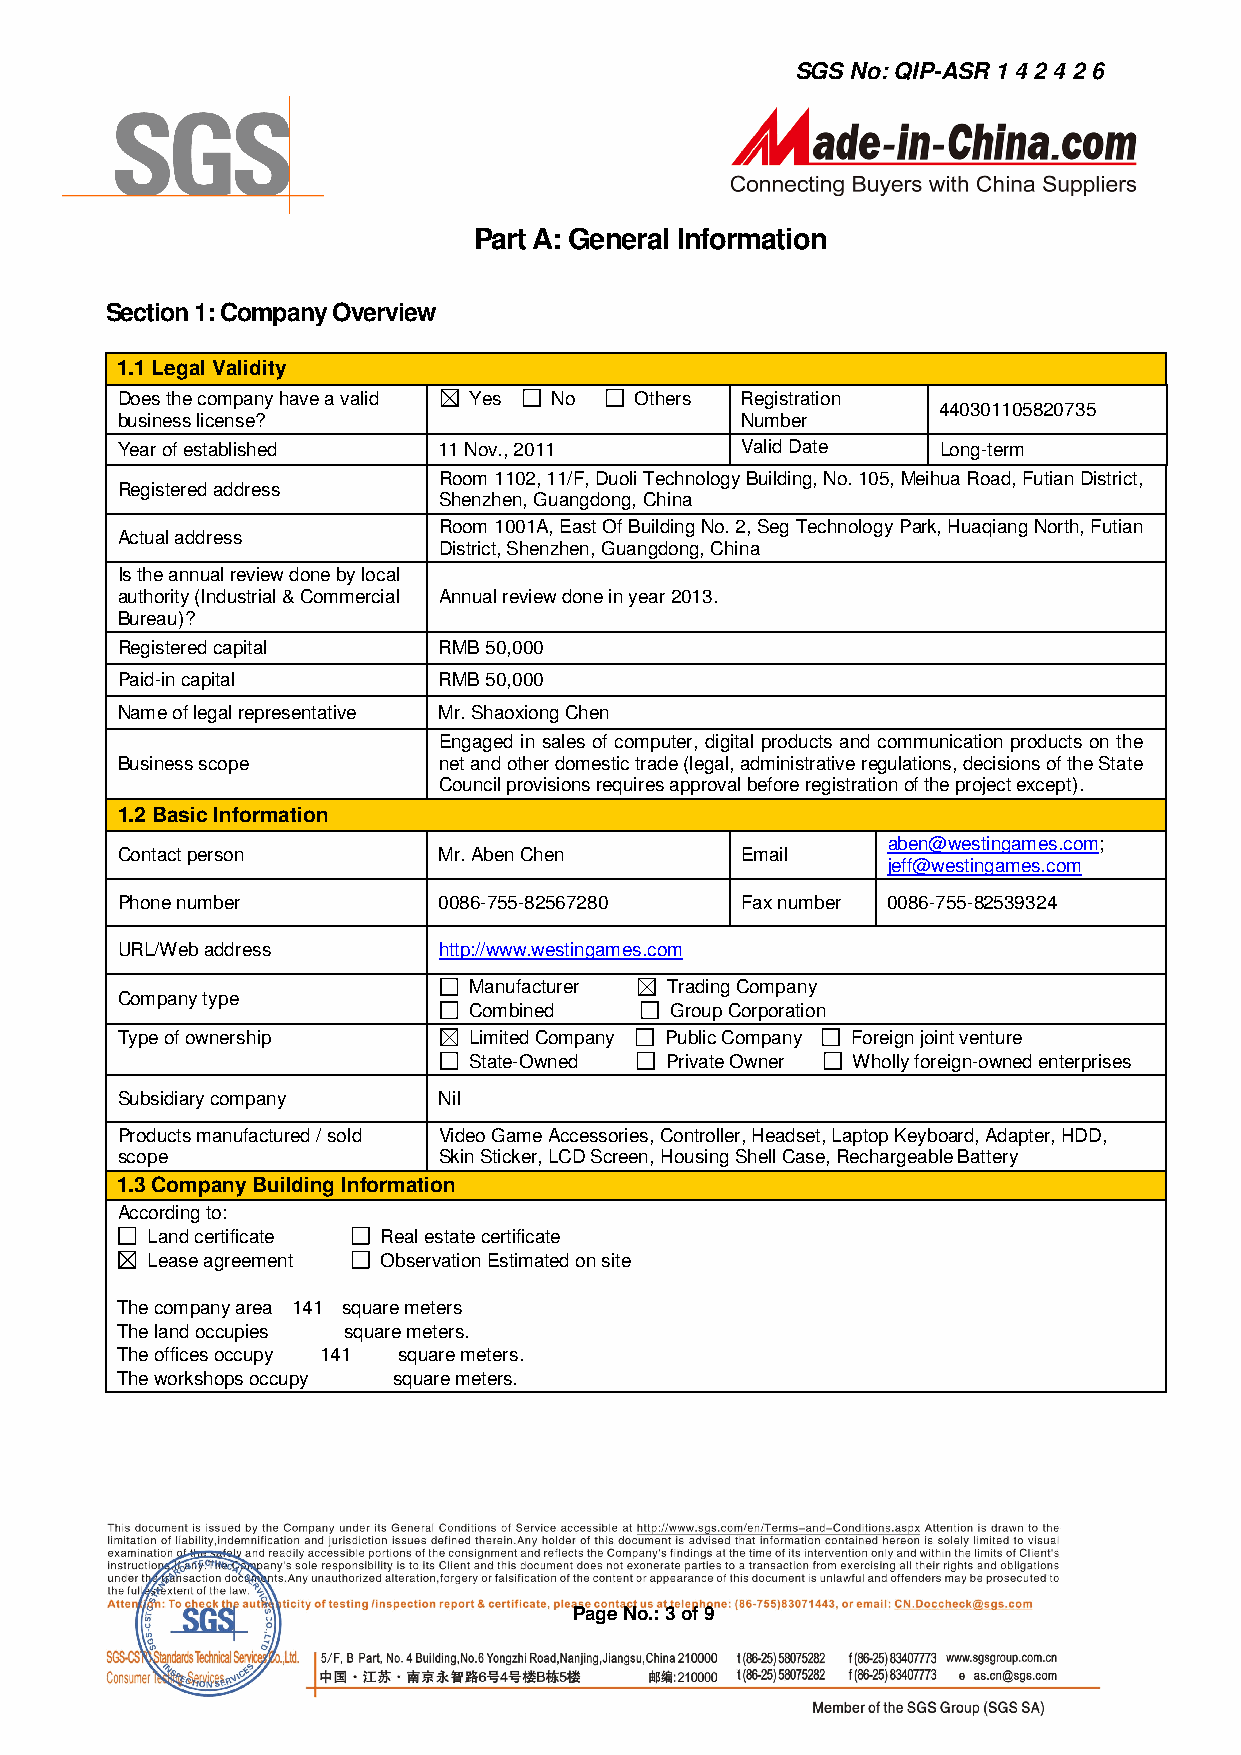
SGS No: QIP-ASR 1 4 2 4 2 6
 Part A: General Information
 Section 1: Company Overview
 1.1 Legal Validity
 Does the company have a valid Yes No Others Registration
 440301105820735
 business license?                        Number
 Year of established  11 Nov., 2011       Valid Date   Long-term
 Room 1102, 11/F, Duoli Technology Building, No. 105, Meihua Road, Futian District,
 Registered address
 Shenzhen, Guangdong, China
 Room 1001A, East Of Building No. 2, Seg Technology Park, Huaqiang North, Futian
 Actual address
 District, Shenzhen, Guangdong, China
 Is the annual review done by local
 authority (Industrial & Commercial Annual review done in year 2013.
 Bureau)?
 Registered capital   RMB 50,000
 Paid-in capital      RMB 50,000
 Name of legal representative Mr. Shaoxiong Chen
 Engaged in sales of computer, digital products and communication products on the
 Business scope       net and other domestic trade (legal, administrative regulations, decisions of the State
 Council provisions requires approval before registration of the project except).
 1.2 Basic Information
 aben@westingames.com;
 Contact person       Mr. Aben Chen       Email
 jeff@westingames.com
 Phone number         0086-755-82567280   Fax number 0086-755-82539324
 URL/Web address      http://www.westingames.com
 Manufacturer Trading Company
 Company type
 Combined     Group Corporation
 Type of ownership      Limited Company Public Company Foreign joint venture
 State-Owned  Private Owner Wholly foreign-owned enterprises
 Subsidiary company   Nil
 Products manufactured / sold Video Game Accessories, Controller, Headset, Laptop Keyboard, Adapter, HDD,
 scope                Skin Sticker, LCD Screen, Housing Shell Case, Rechargeable Battery
 1.3 Company Building Information
 According to:
 Land certificate Real estate certificate
 Lease agreement Observation Estimated on site
 The company area 141 square meters
 The land occupies square meters.
 The offices occupy 141 square meters.
 The workshops occupy square meters.
 Page No.: 3 of 9